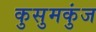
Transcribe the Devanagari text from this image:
कुसुमकुंज